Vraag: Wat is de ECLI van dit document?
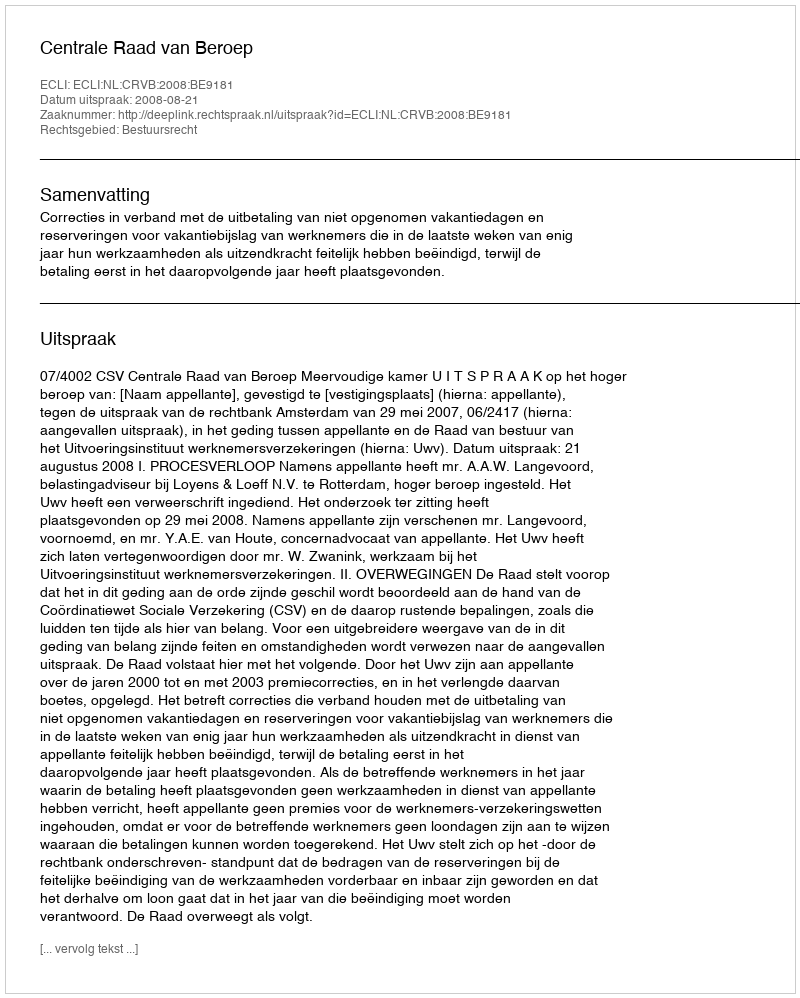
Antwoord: ECLI:NL:CRVB:2008:BE9181